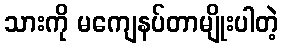
သားကို မကျေနပ်တာမျိုးပါတဲ့